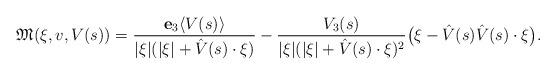
LaTeX: \begin{align*}\mathfrak{M}(\xi, v, V(s))= \frac{ \mathbf{e}_3 \langle V(s)\rangle }{|\xi|( |\xi| + \hat{V}(s )\cdot \xi)} - \frac{V_3(s) }{|\xi|( |\xi| + \hat{V}(s )\cdot \xi)^2} \big(\xi - \hat{V}(s) \hat{V}(s)\cdot \xi \big).\end{align*}